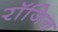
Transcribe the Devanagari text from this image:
रॉजिन